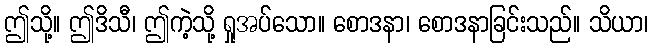
ဤသို့။ ဤဒိသီ၊ ဤကဲ့သို့ ရှုအပ်သော။ စောဒနာ၊ စောဒနာခြင်းသည်။ သိယာ၊